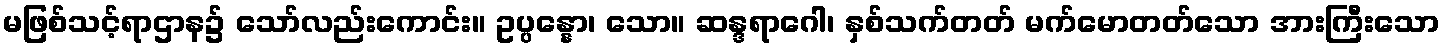
မဖြစ်သင့်ရာဌာန၌ သော်လည်းကောင်း။ ဥပ္ပန္နော၊ သော။ ဆန္ဒရာဂေါ၊ နှစ်သက်တတ် မက်မောတတ်သော အားကြီးသော